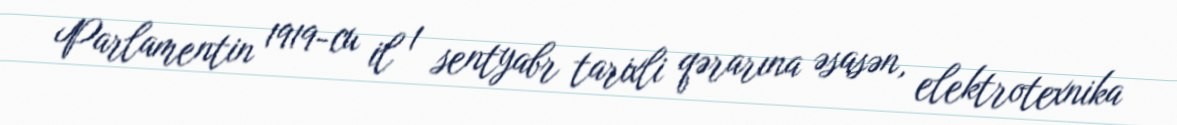
Parlamentin 1919-cu il 1 sentyabr tarixli qərarına əsasən, elektrotexnika